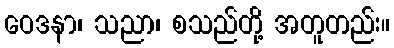
ဝေဒနာ၊ သညာ၊ စသည်တို့ အတူတည်း။